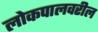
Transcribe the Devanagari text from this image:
लोकपालवरील